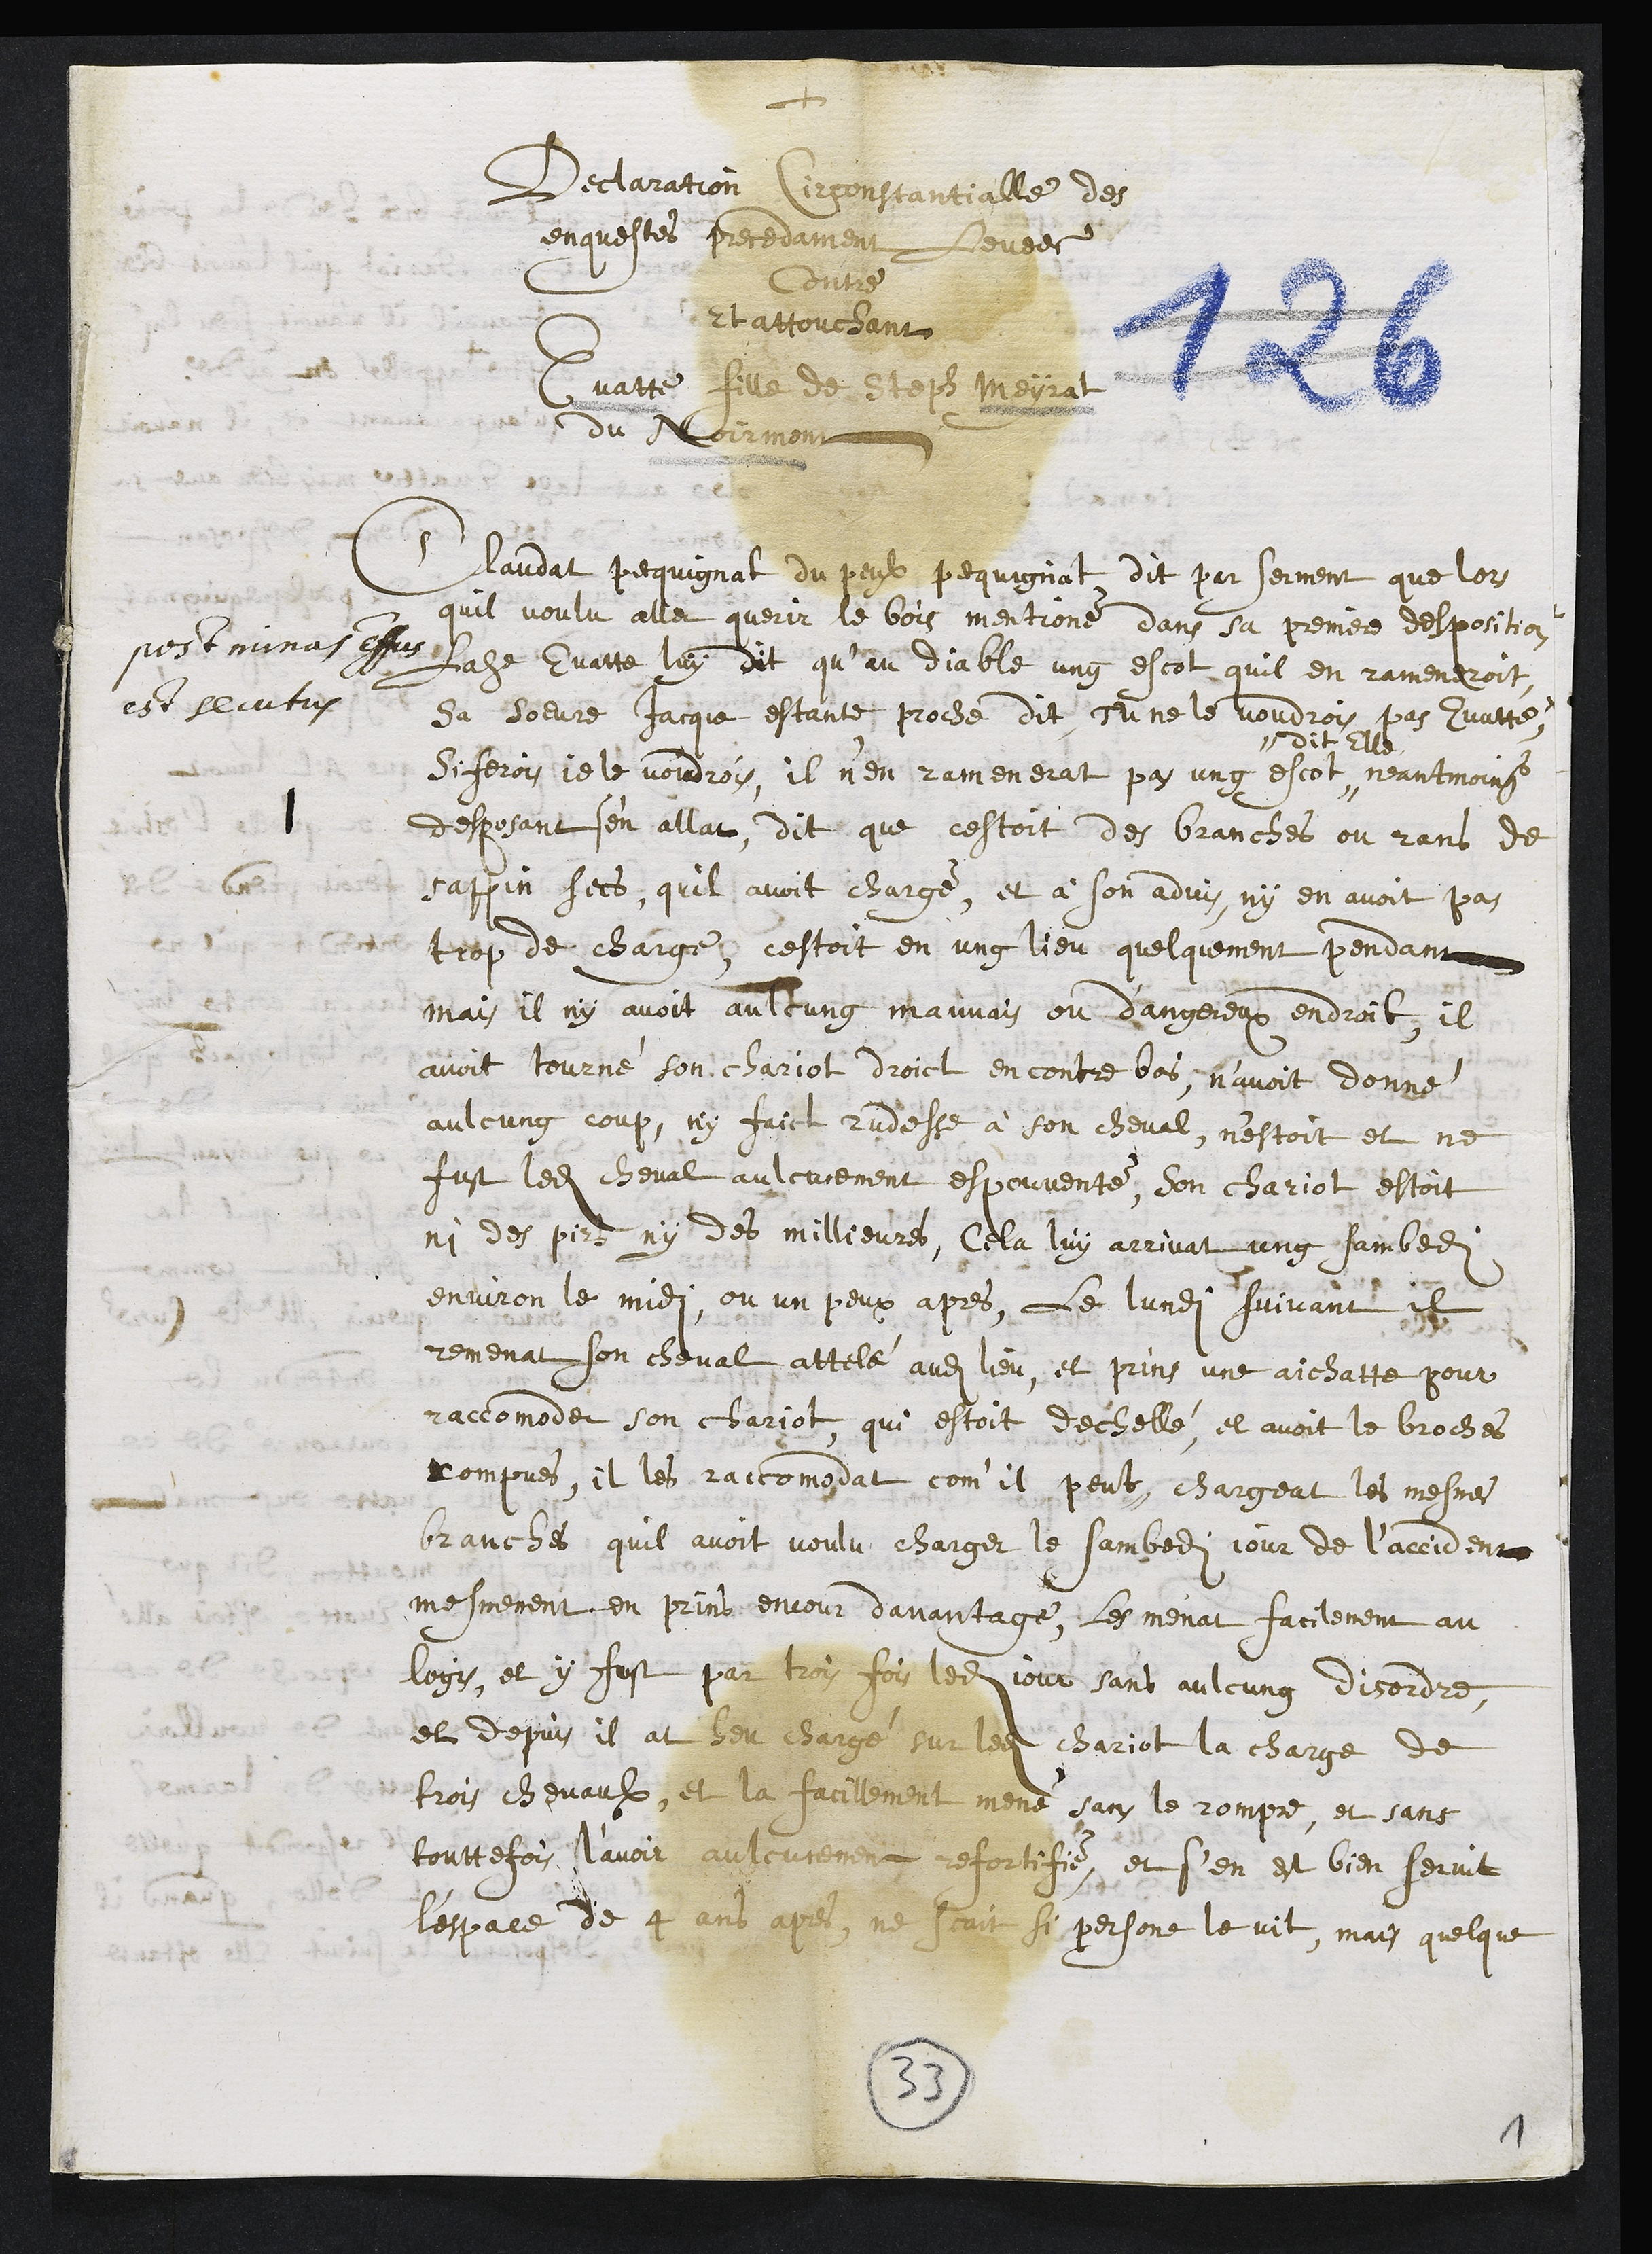
+
Declaration Circonstantialle des
enquestes precedament levees
Contre
Et attouchant
Evatte fille de Steph Meyrat
du Noirmont
1
post minas effectus,
est secutus
Claudat Pecquignat du peulx pequignat dit par serment que lors
quil voulu aller querir le bois mentioné dans sa premiere desposition
Ladite Evatte luy dit qu’au diable ung escot quil en rameneroit,
sa soeure Jacque estante, proche dit tu ne le voudrois pas Evatte,
Si ferois je le voudrois, il n’en ramenerat pas ung escot
dit Elle
neantmoings
desposant s'en allat, dit que cestoit des branches ou rans de
sappin secs, quil avoit chargé, et à son advis, ny en avoit pas
trop de chargé, cestoit en ung lieu quelquement pendant
mais il ny avoit aulcung mauvais ou dangereux endroit, il
avoit tourné son chariot droict en contre bas, n’avoit donné
aulcung coup, ny faict rudesse à son cheval, n'estoit et ne
fust ledit cheval aulcunement espouvanté, son chariot estoit
ni des pirs ny des millieures, Cela luy arrivat ung sambedi
environ le midi ou un peux apres, Le lundi suivant il
remenat son cheval attellé audit lieu, et prins une aichatte pour
raccomoder son chariot, qui estoit dechellé, et avoit le broches
rompues, il les raccomodat com’il peut, chargeat les mesmes
branches quil avoit voulu charger le sambedi jour de l’accident
mesmement en prins encour davantage, les menat facilement au
logis, et y fust par trois fois ledit jour sans aulcung disordre,
et depuis il at heu chargé sur ledit chariot la charge de
trois chevaulx, et la facillement mené sans le rompre, et sans
touttefois l’avoir aulcunement refortifié, et s’en est bien servit
l'espace de 4 ans apres, ne scait si persone le vit, mais quelque
33
1